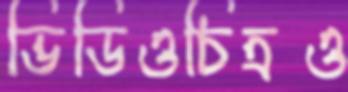
ভিডিওচিত্রও